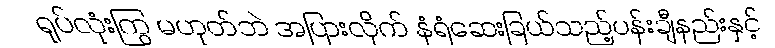
ရုပ်လုံးကြွ မဟုတ်ဘဲ အပြားလိုက် နံရံဆေးခြယ်သည့်ပန်းချီနည်းနှင့်